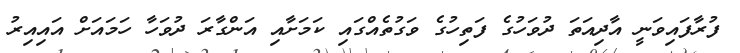
ފުރާފައިވަނީ އާދިއަތަ ދުވަހުގެ ފަތިހުގެ ވަގުތެއްގައި ކަމަށާއި އަންގާރަ ދުވަހާ ހަމައަށް އައިއިރު